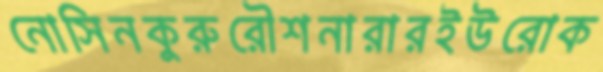
নোসিনকুরুরৌশনারারইউরোক